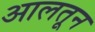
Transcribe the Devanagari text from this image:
आलतून